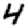
Digit: 4